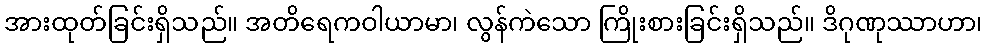
အားထုတ်ခြင်းရှိသည်။ အတိရေကဝါယာမာ၊ လွန်ကဲသော ကြိုးစားခြင်းရှိသည်။ ဒိဂုဏုဿာဟာ၊